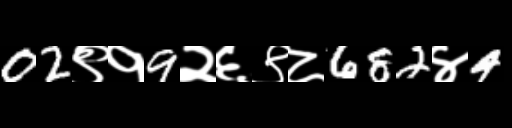
Text: 02९१9२६९८682४4